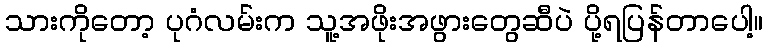
သားကိုတော့ ပုဂံလမ်းက သူ့အဖိုးအဖွားတွေဆီပဲ ပို့ရပြန်တာပေါ့။